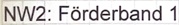
Text: NW2: Förderband 1